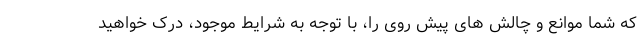
که شما موانع و چالش های پیش روی را، با توجه به شرایط موجود، درک خواهید